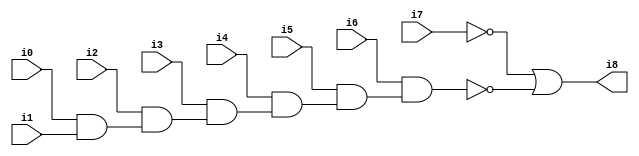
// Benchmark "SKOLEMFORMULA" written by ABC on Mon May  4 15:54:09 2020

module SKOLEMFORMULA ( 
    i0, i1, i2, i3, i4, i5, i6, i7,
    i8  );
  input  i0, i1, i2, i3, i4, i5, i6, i7;
  output i8;
  wire n10, n11, n12, n13, n14, n15;
  assign n10 = i0 & i1;
  assign n11 = i2 & n10;
  assign n12 = i3 & n11;
  assign n13 = i4 & n12;
  assign n14 = i5 & n13;
  assign n15 = i6 & n14;
  assign i8 = ~i7 | ~n15;
endmodule